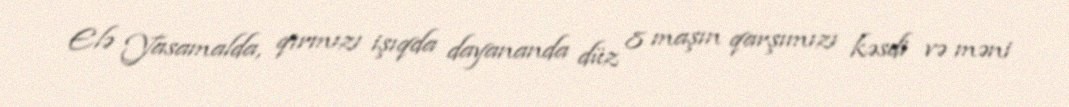
Elə Yasamalda, qırmızı işıqda dayananda düz 8 maşın qarşımızı kəsdi və məni